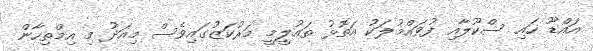
އައްޑޫ ހައި ސްކޫލާއި ފުވައްމުލަކު އަތޮޅު ތައުލީމީ މަރުކަޒުގައިވެސް މިއަދު މި އިމްތިހާން